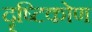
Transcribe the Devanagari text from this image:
दॄष्टिकोण